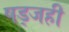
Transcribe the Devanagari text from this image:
षड्जही